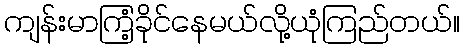
ကျန်းမာကြံ့ခိုင်နေမယ်လို့ယုံကြည်တယ်။